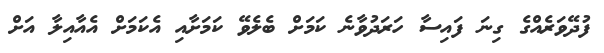
ފުދޭވަރެއްގެ ގިނަ ފައިސާ ހަރަދުވާނެ ކަމަށް ބެލެވޭ ކަމަށާއި އެކަމަށް އެއާއިލާ އަށް